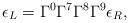
LaTeX: \begin{align*}\epsilon_L = \Gamma^0 \Gamma^7 \Gamma^8 \Gamma^9 \epsilon_R,\end{align*}